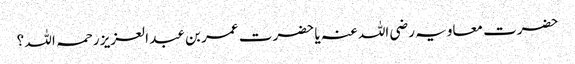
حضرت معاویہ رضی اللہ عنہ یا حضرت عمر بن عبد العزیز رحمہ اللہ ؟